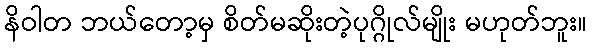
နိဝါတ ဘယ်တော့မှ စိတ်မဆိုးတဲ့ပုဂ္ဂိုလ်မျိုး မဟုတ်ဘူး။